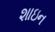
શાઇન